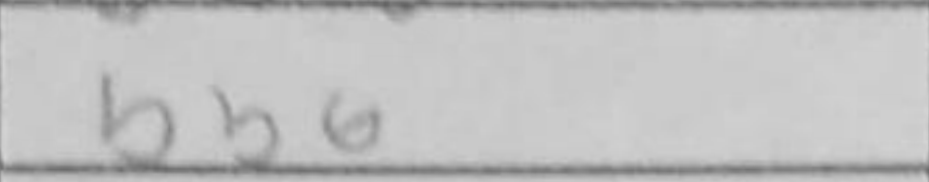
Transcription: Bb6